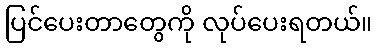
ပြင်ပေးတာတွေကို လုပ်ပေးရတယ်။